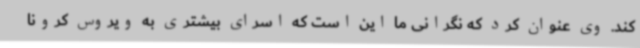
کند. وی عنوان کرد که نگرانی ما این است که اسرای بیشتری به ویروس کرونا